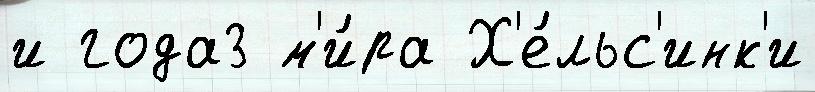
и года3 м'и́ра Х'е́льс'инк'и